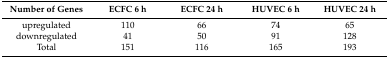
<table><thead><tr><td><b>Number of Genes</b></td><td><b>ECFC 6 h</b></td><td><b>ECFC 24 h</b></td><td><b>HUVEC 6 h</b></td><td><b>HUVEC 24 h</b></td></tr></thead><tbody><tr><td>upregulated</td><td>110</td><td>66</td><td>74</td><td>65</td></tr><tr><td>downregulated</td><td>41</td><td>50</td><td>91</td><td>128</td></tr><tr><td>Total</td><td>151</td><td>116</td><td>165</td><td>193</td></tr></tbody></table>